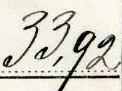
33,92